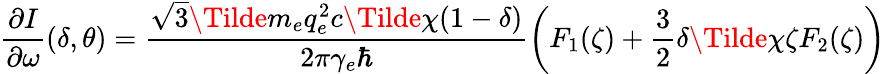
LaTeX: \frac{\partial I}{\partial\omega}\left(\delta,\theta\right)=\frac{\sqrt{3}\Tilde{m}_{e}q_{e}^{2}c\Tilde{\chi}(1-\delta)}{2\pi\gamma_{e}\hbar}\left(F_{1}(\zeta)+\frac{3}{2}\delta\Tilde{\chi}\zeta F_{2}(\zeta)\right)